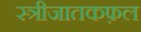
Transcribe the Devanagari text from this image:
स्त्रीजातकफ़ल